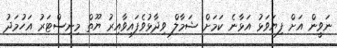
ނަވީން އަށް ފިޔަވަޅު އަޅާނެ ކަމަށް ޝަމާލް ވިދާޅުވެފައިވާއިރު ޔޫތް މިނިސްޓަރު އަހުމަދު